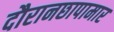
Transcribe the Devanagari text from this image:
दौरानछापामार